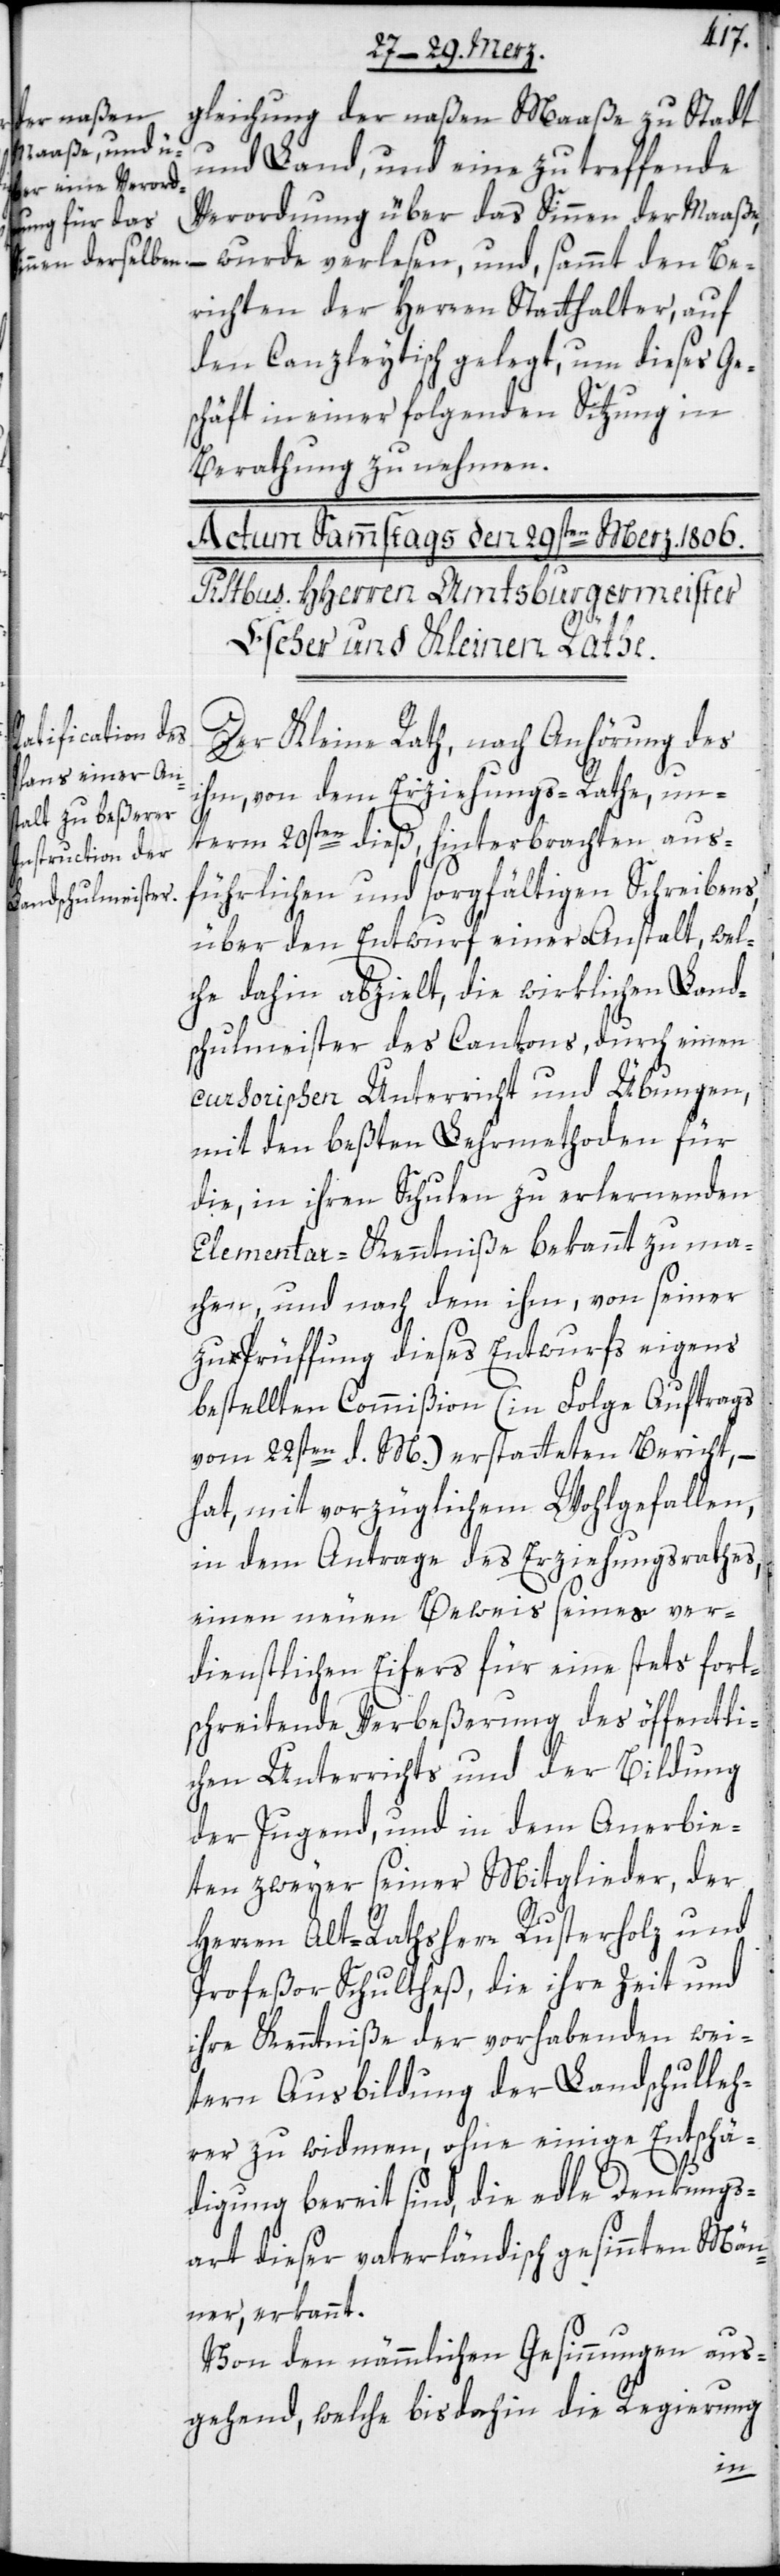
gleichung der naßen Maaße zu Stadt
und Land, und eine zu treffende
Verordnung über das Sinnen der Maaße,
wurde verlesen, und, sammt den Be¬
richten der Herren Statthalter, auf
den Canzleytisch gelegt, um dieses Ge¬
schäft in einer folgenden Sitzung in
Berathung zu nehmen.
Der Kleine Rath, nach Anhörung des
ihm, von dem Erziehungs-Rathe, un¬
term 20sten dieß hinterbrachten, aus¬
führlichen und sorgfältigen Schreibens,
über den Entwurf einer Anstalt, wel¬
che dahin abzielt, die wirklichen Land¬
schulmeister des Cantons, durch einen
cursorischen Unterricht und Übungen,
mit den beßten Lehrmethoden für
die, in ihren Schulen zu erlernenden
Elementar-Kenntniße bekannt zu ma¬
chen, und nach dem ihm, von seiner
zu Prüffung dieses Entwurfs eigens
bestellten Commißion (in Folge Auftrags
vom 22sten d. M.) erstatteten Bericht,
hat, mit vorzüglichem Wohlgefallen,
in dem Antrage des Erziehungsrathes,
einen neuen Beweis seines ver¬
dienstlichen Eifers für eine stets fort¬
schreitende Verbeßerung des öffentli¬
chen Unterrichts und der Bildung
der Jugend, und in dem Anerbie¬
ten zweyer seiner Mitglieder, der
Herren Alt-Rathsherr Rusterholz und
Profeßor Schultheß, die ihre Zeit und
ihre Kenntniße der vorhabenden wei¬
tern Ausbildung der Landschulleh¬
rer zu widmen, ohne einige Entschä¬
digung bereit sind, die edle Denkungs¬
art dieser vaterländisch gesinnten Män¬
ner, erkannt.
Von den nämmlichen Gesinnungen aus¬
gehend, welche bis dahin die Regierung